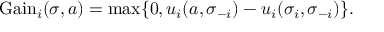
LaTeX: { \mathrm { G a i n } } _ { i } ( \sigma , a ) = \operatorname* { m a x } \{ 0 , u _ { i } ( a , \sigma _ { - i } ) - u _ { i } ( \sigma _ { i } , \sigma _ { - i } ) \} .